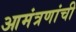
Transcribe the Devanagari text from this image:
आमंत्रणांची